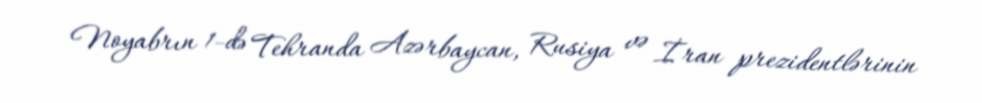
Noyabrın 1-də Tehranda Azərbaycan, Rusiya və İran prezidentlərinin